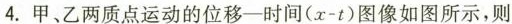
4.甲、乙两质点运动的位移时间(x-t)图像如图所示，则